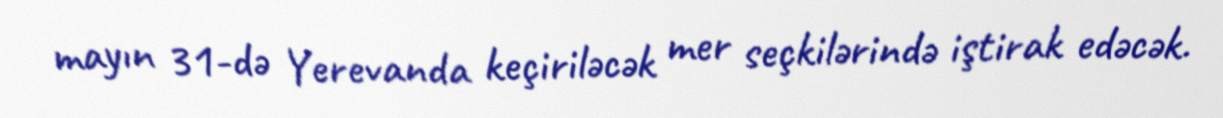
mayın 31-də Yerevanda keçiriləcək mer seçkilərində iştirak edəcək.